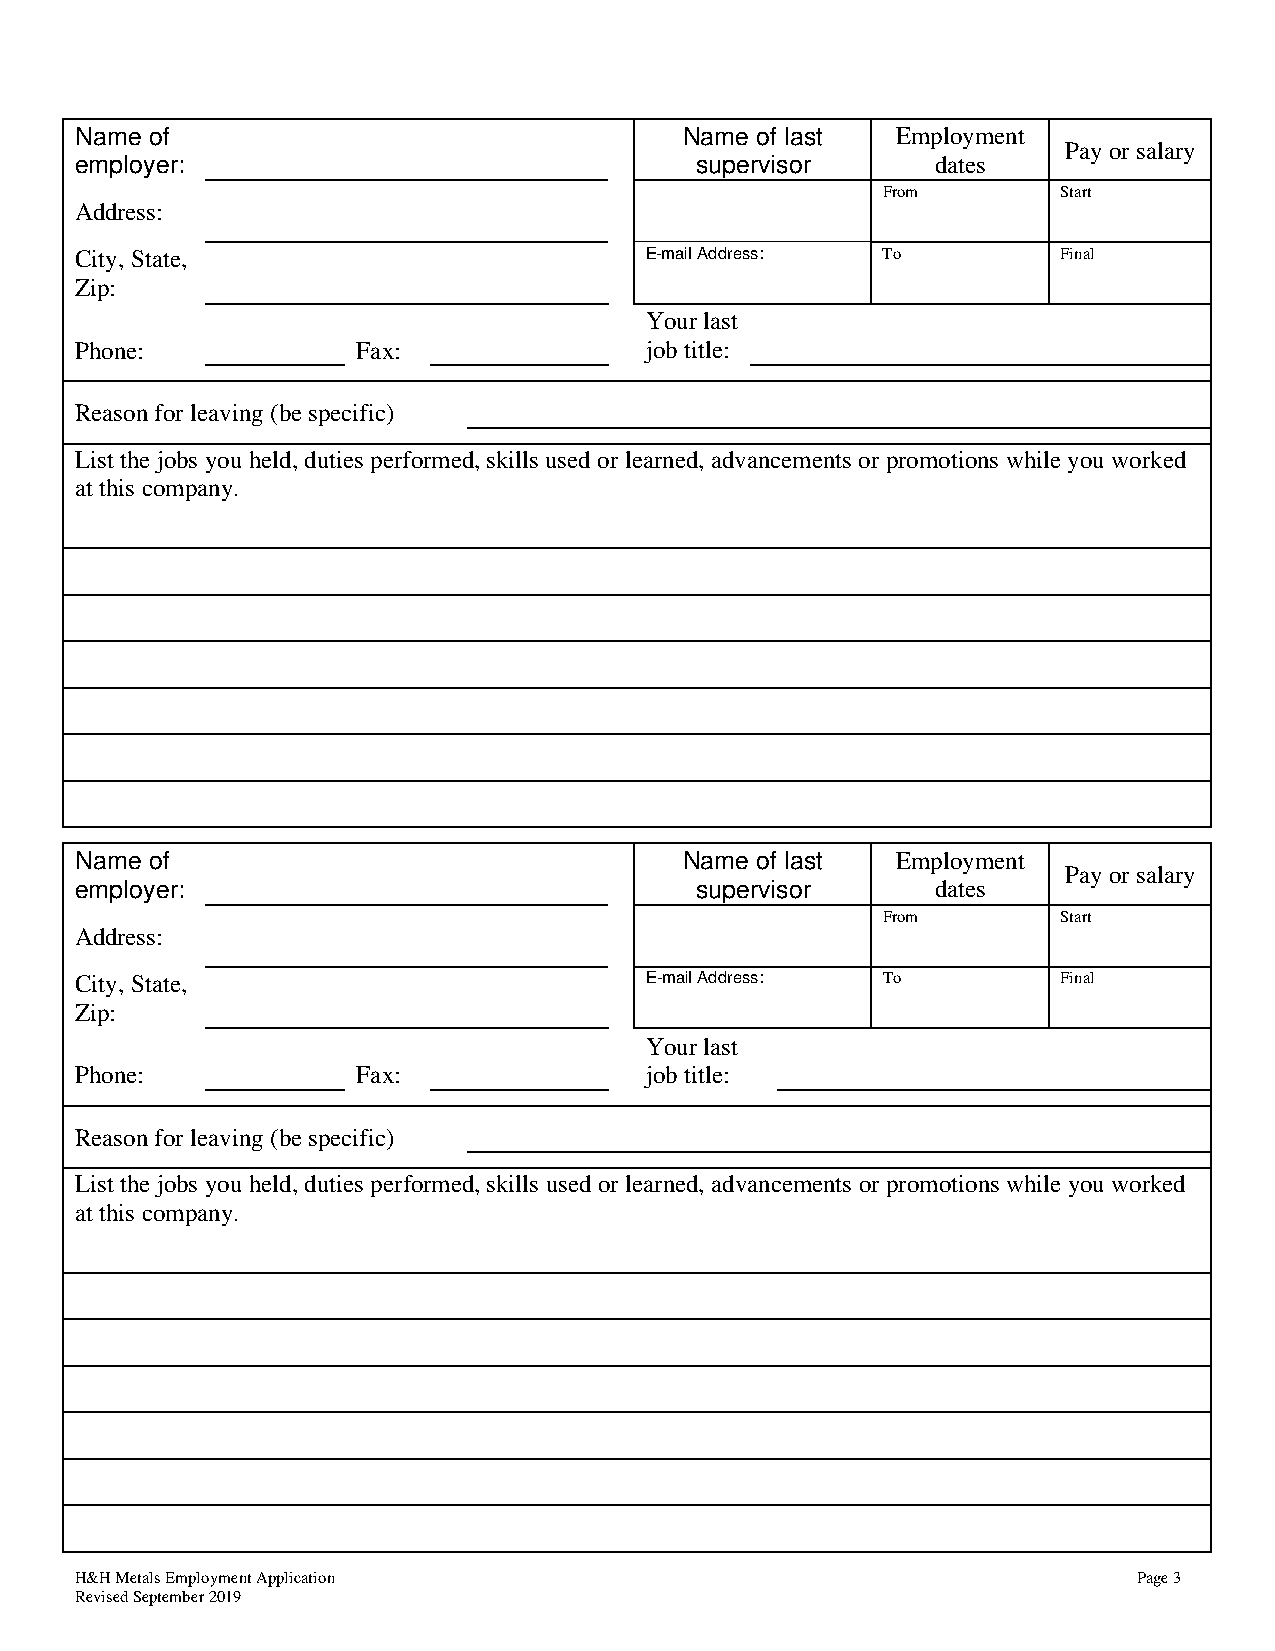
Name of                                 Name of last  Employment
 Pay or salary
 employer:                                supervisor      dates
 From        Start
 Address:
 City, State,                          E-mail Address: To         Final
 Zip:
 Your last
 Phone:             Fax:               job title:
 Reason for leaving (be specific)
 List the jobs you held, duties performed, skills used or learned, advancements or promotions while you worked
 at this company.
 Name of                                 Name of last  Employment
 Pay or salary
 employer:                                supervisor      dates
 From        Start
 Address:
 City, State,                          E-mail Address: To         Final
 Zip:
 Your last
 Phone:             Fax:               job title:
 Reason for leaving (be specific)
 List the jobs you held, duties performed, skills used or learned, advancements or promotions while you worked
 at this company.
 H&H Metals Employment Application                                     Page 3
 Revised September 2019